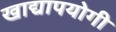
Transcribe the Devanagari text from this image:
खाद्यापयोगी